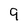
Character: 9